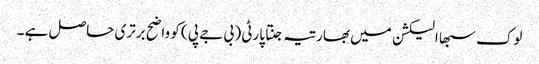
لوک سبھا الیکشن میں بھارتیہ جنتا پارٹی ( بی جے پی ) کو واضح برتری حاصل ہے ۔